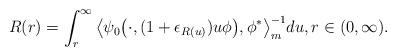
LaTeX: \begin{align*} R(r) = \int_r^\infty \big\langle \psi_0 \big(\cdot ,( 1 + \epsilon_{R(u)} ) u \phi \big), \phi^* \big\rangle_m^{-1} du, r\in (0,\infty). \end{align*}